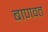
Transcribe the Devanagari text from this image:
बाणवत